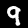
Label: 9